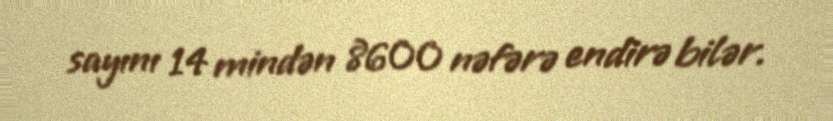
sayını 14 mindən 8600 nəfərə endirə bilər.